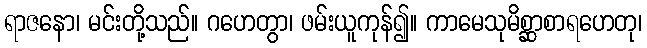
ရာဇနော၊ မင်းတို့သည်။ ဂဟေတွာ၊ ဖမ်းယူကုန်၍။ ကာမေသုမိစ္ဆာစာရဟေတု၊